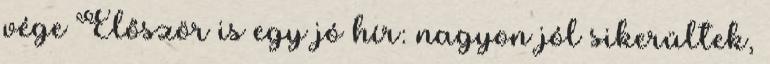
vége Először is egy jó hír: nagyon jól sikerültek,